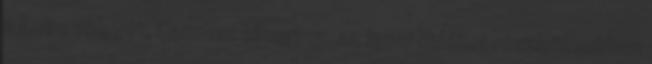
a Loire völgyét, Cannest elhagyva, az igazi Vidéket részletesebben